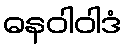
ဓနဝါဝါဒံ